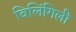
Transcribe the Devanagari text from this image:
विलिंगिली